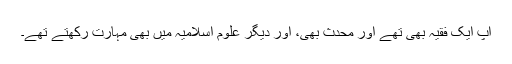
آپ ایک فقیہ بھی تھے اور محدث بھی، اور دیگر علومِ اسلامیہ میں بھی مہارت رکھتے تھے۔